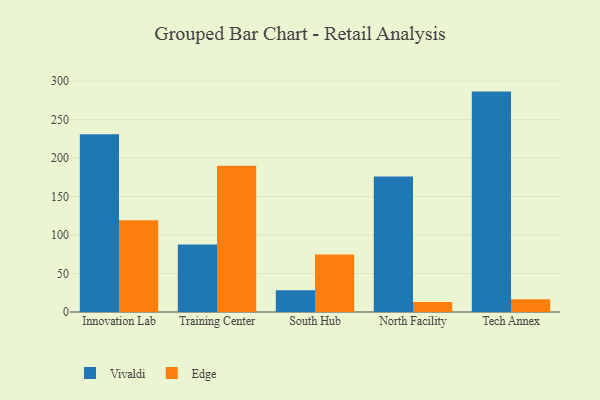
{"axis": {"x": "Campus", "y": "Operating Costs (USD K)"}, "legend": ["Edge", "Vivaldi"], "data": [{"x": "Innovation Lab", "y": 231.1, "type": "Vivaldi"}, {"x": "Innovation Lab", "y": 119.4, "type": "Edge"}, {"x": "Training Center", "y": 87.8, "type": "Vivaldi"}, {"x": "Training Center", "y": 190.1, "type": "Edge"}, {"x": "South Hub", "y": 28.4, "type": "Vivaldi"}, {"x": "South Hub", "y": 74.6, "type": "Edge"}, {"x": "North Facility", "y": 176.2, "type": "Vivaldi"}, {"x": "North Facility", "y": 13.1, "type": "Edge"}, {"x": "Tech Annex", "y": 286.5, "type": "Vivaldi"}, {"x": "Tech Annex", "y": 16.6, "type": "Edge"}]}